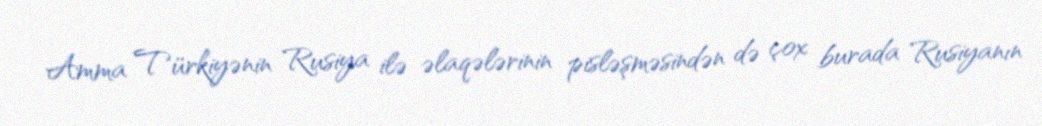
Amma Türkiyənin Rusiya ilə əlaqələrinin pisləşməsindən də çox burada Rusiyanın